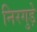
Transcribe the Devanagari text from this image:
निरगुड़े